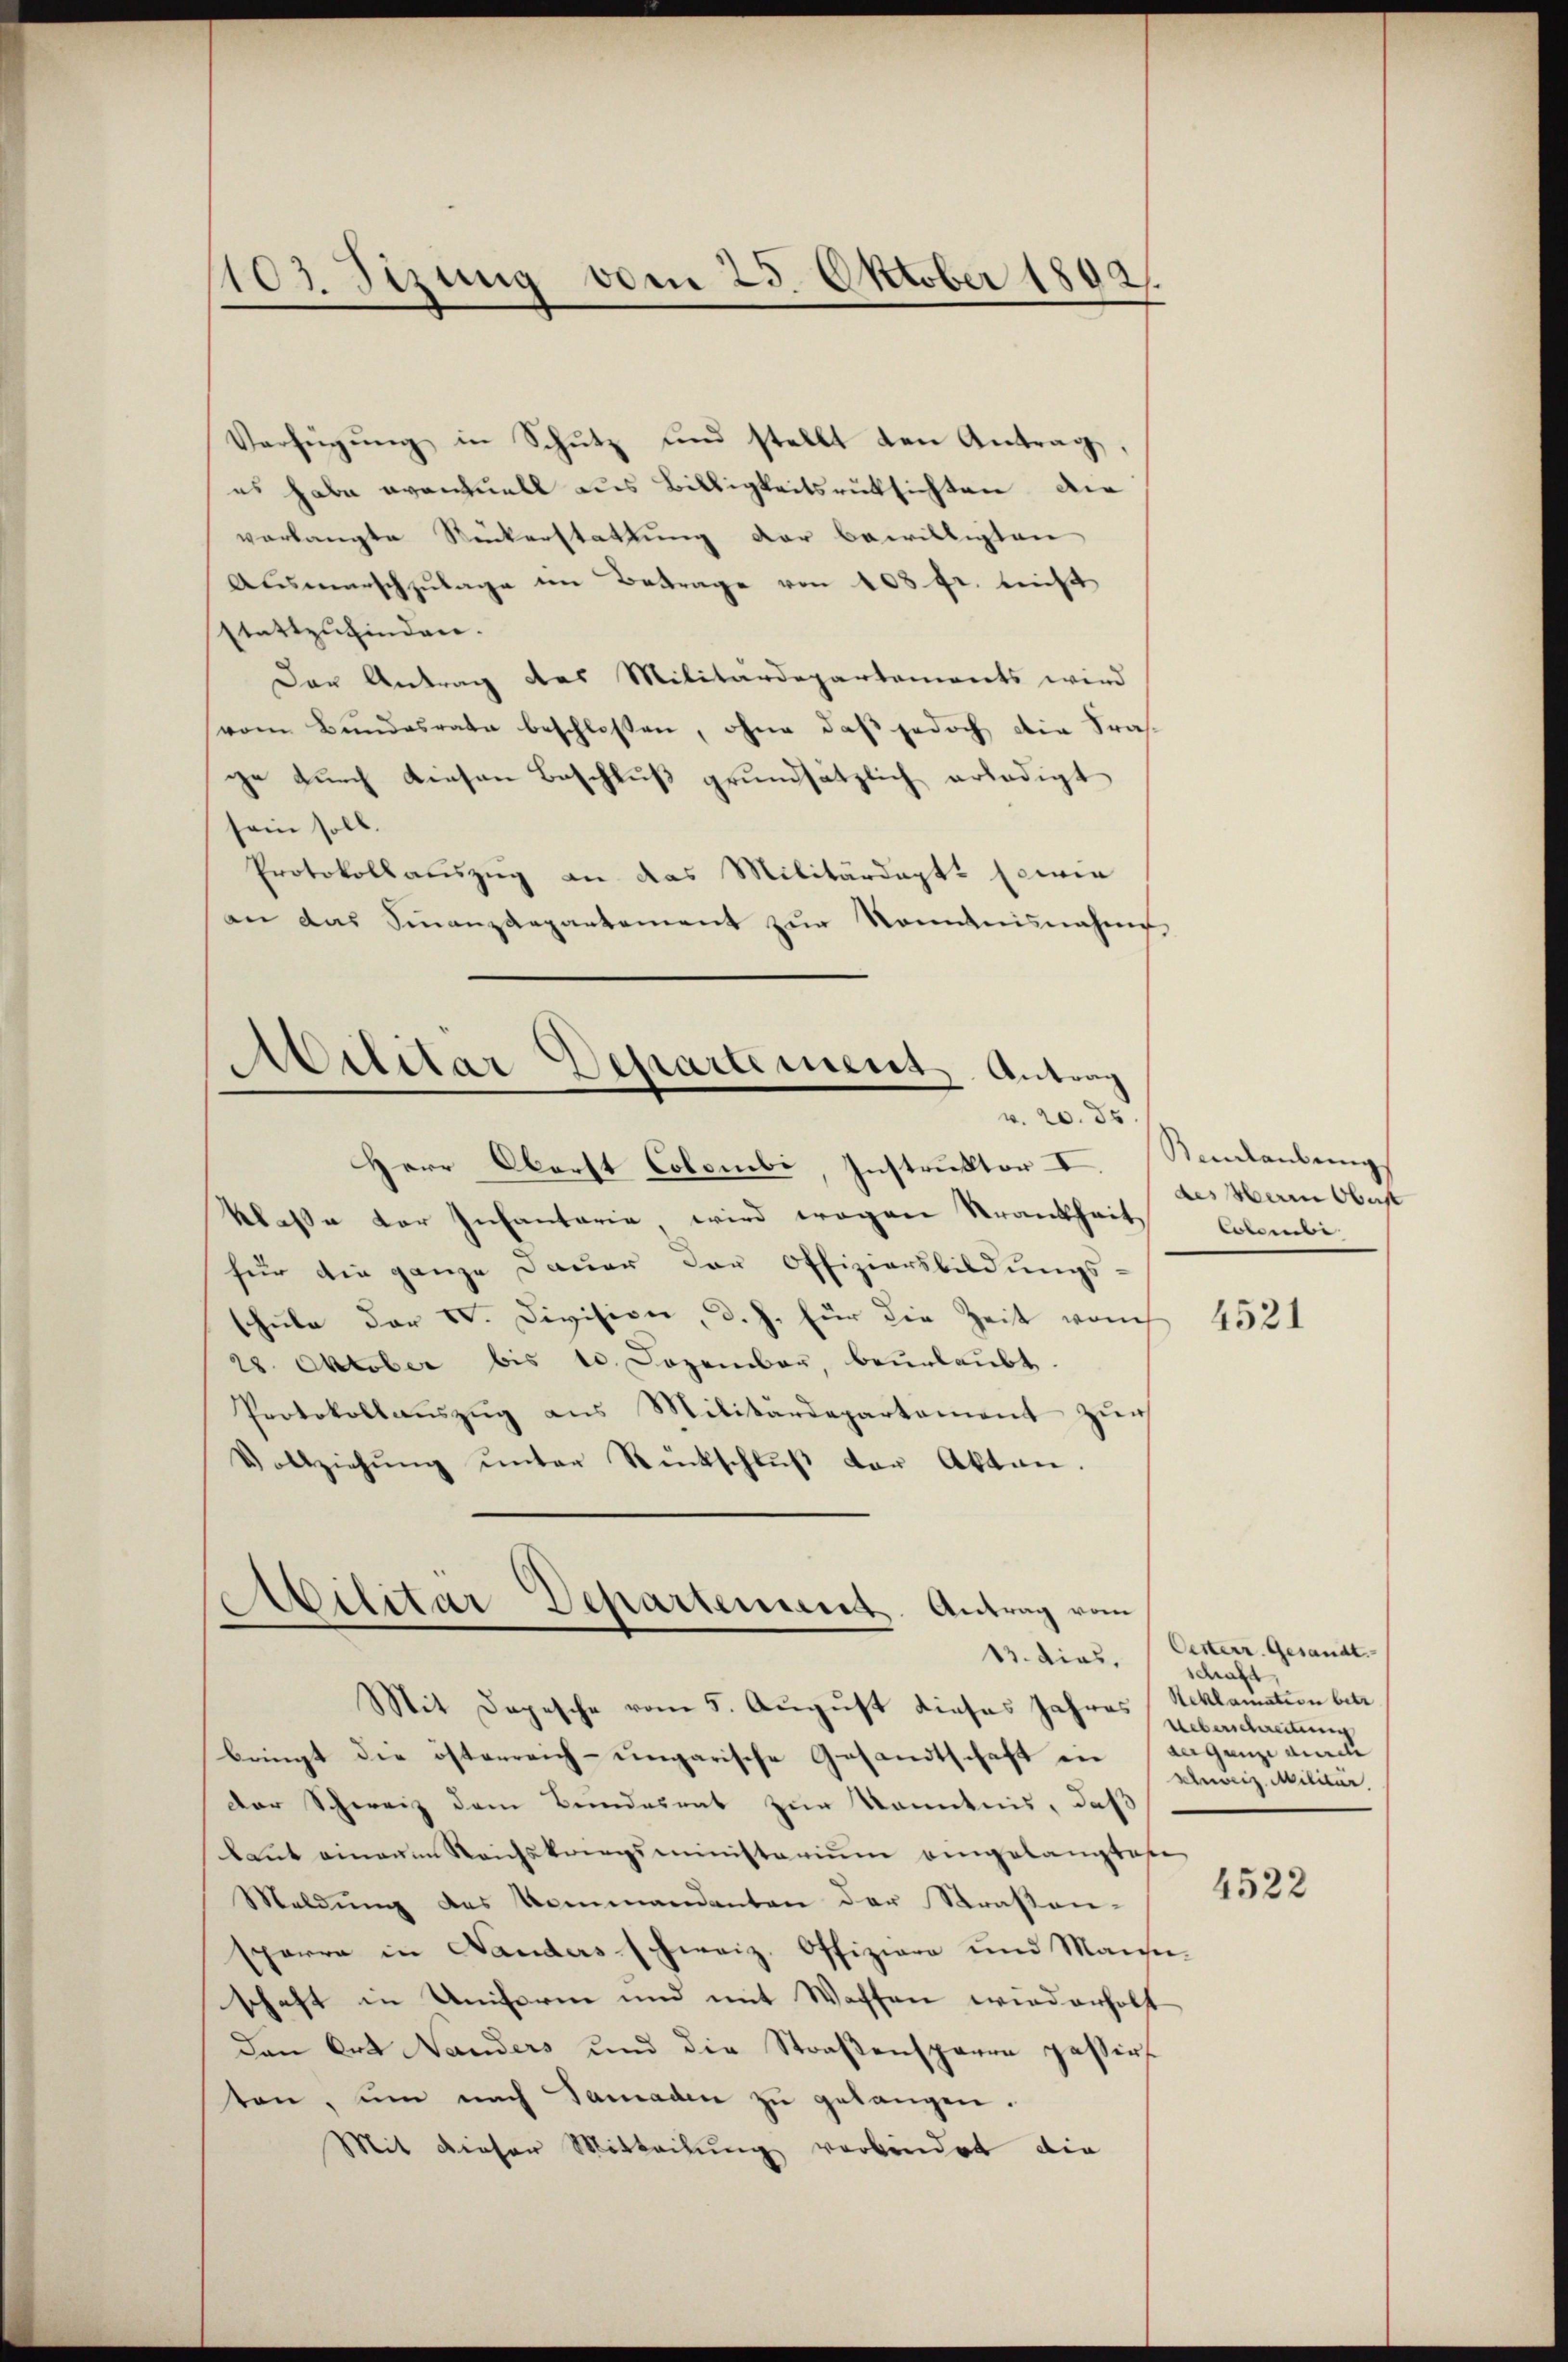
103. Sizung vom 25. Oktober 1802.

Verfügŭng in Schŭtz und stellt den Antrag,
es habe eventuell aus Billigkeitsrücksichten die
vorlangte Rückerstattung der bewilligten
Ausmarschzulage im Betrage von 108 fr. nicht
stattzufinden.
Der Antrag des Militärdepartements wird
vom Bundesrate beschlossen, ohne daß jedoch die Frage durch diesen Beschluß grundsätzlich erledigt
sein soll.
Protokollauszug an das Militärdept, sowie
an das Sinanzdepartement zur Kenntnisnahme

Militar Departement. Antrag
v. 20. ds

Herr Oberst Colombi, Instruktor II. Seidlaubung
klasse der Infantaria wird wogene Strankheit
für die ganze Dauer der Offiziersbildungs-
schule der VV. Divisice, d. J. für die Zeit vom
28. Oktober bis 10. Dezember, beurlaubt.
Protokollaŭszŭg ans Militärdepartement zur
Vollziehŭng ŭnter Rückschlŭβ der Akten.
Abilitar Departement. Antrag vom

13. dies,

Mit Depesche vom 5. August dieses Jahres (Reklamation betr.
bringt die österreich-ungarische Gesandtschaft in der ganze durch
Der Schweiz dem Bundesrat zur Kenntnis, daß
bant einem Reichskangsministerium eingelangtes
Meldung des Kommandanten der Straßen-
sperre in Landers schweiz. Offiziere und Manie-
schaft in Uniform und mit Waffen wiederholt
den Ort Nanders und die Straßensparre gestirt
ten, um nach Samaden zu gelangen.
Mit dieser Mitteilung verbindet die

des Herrn Oberst
Colombi

4521

Oesterr. Gesandt.
schaft,
Ueberschreitung
schweiz. Militär

4522